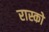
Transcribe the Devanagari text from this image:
रास्को